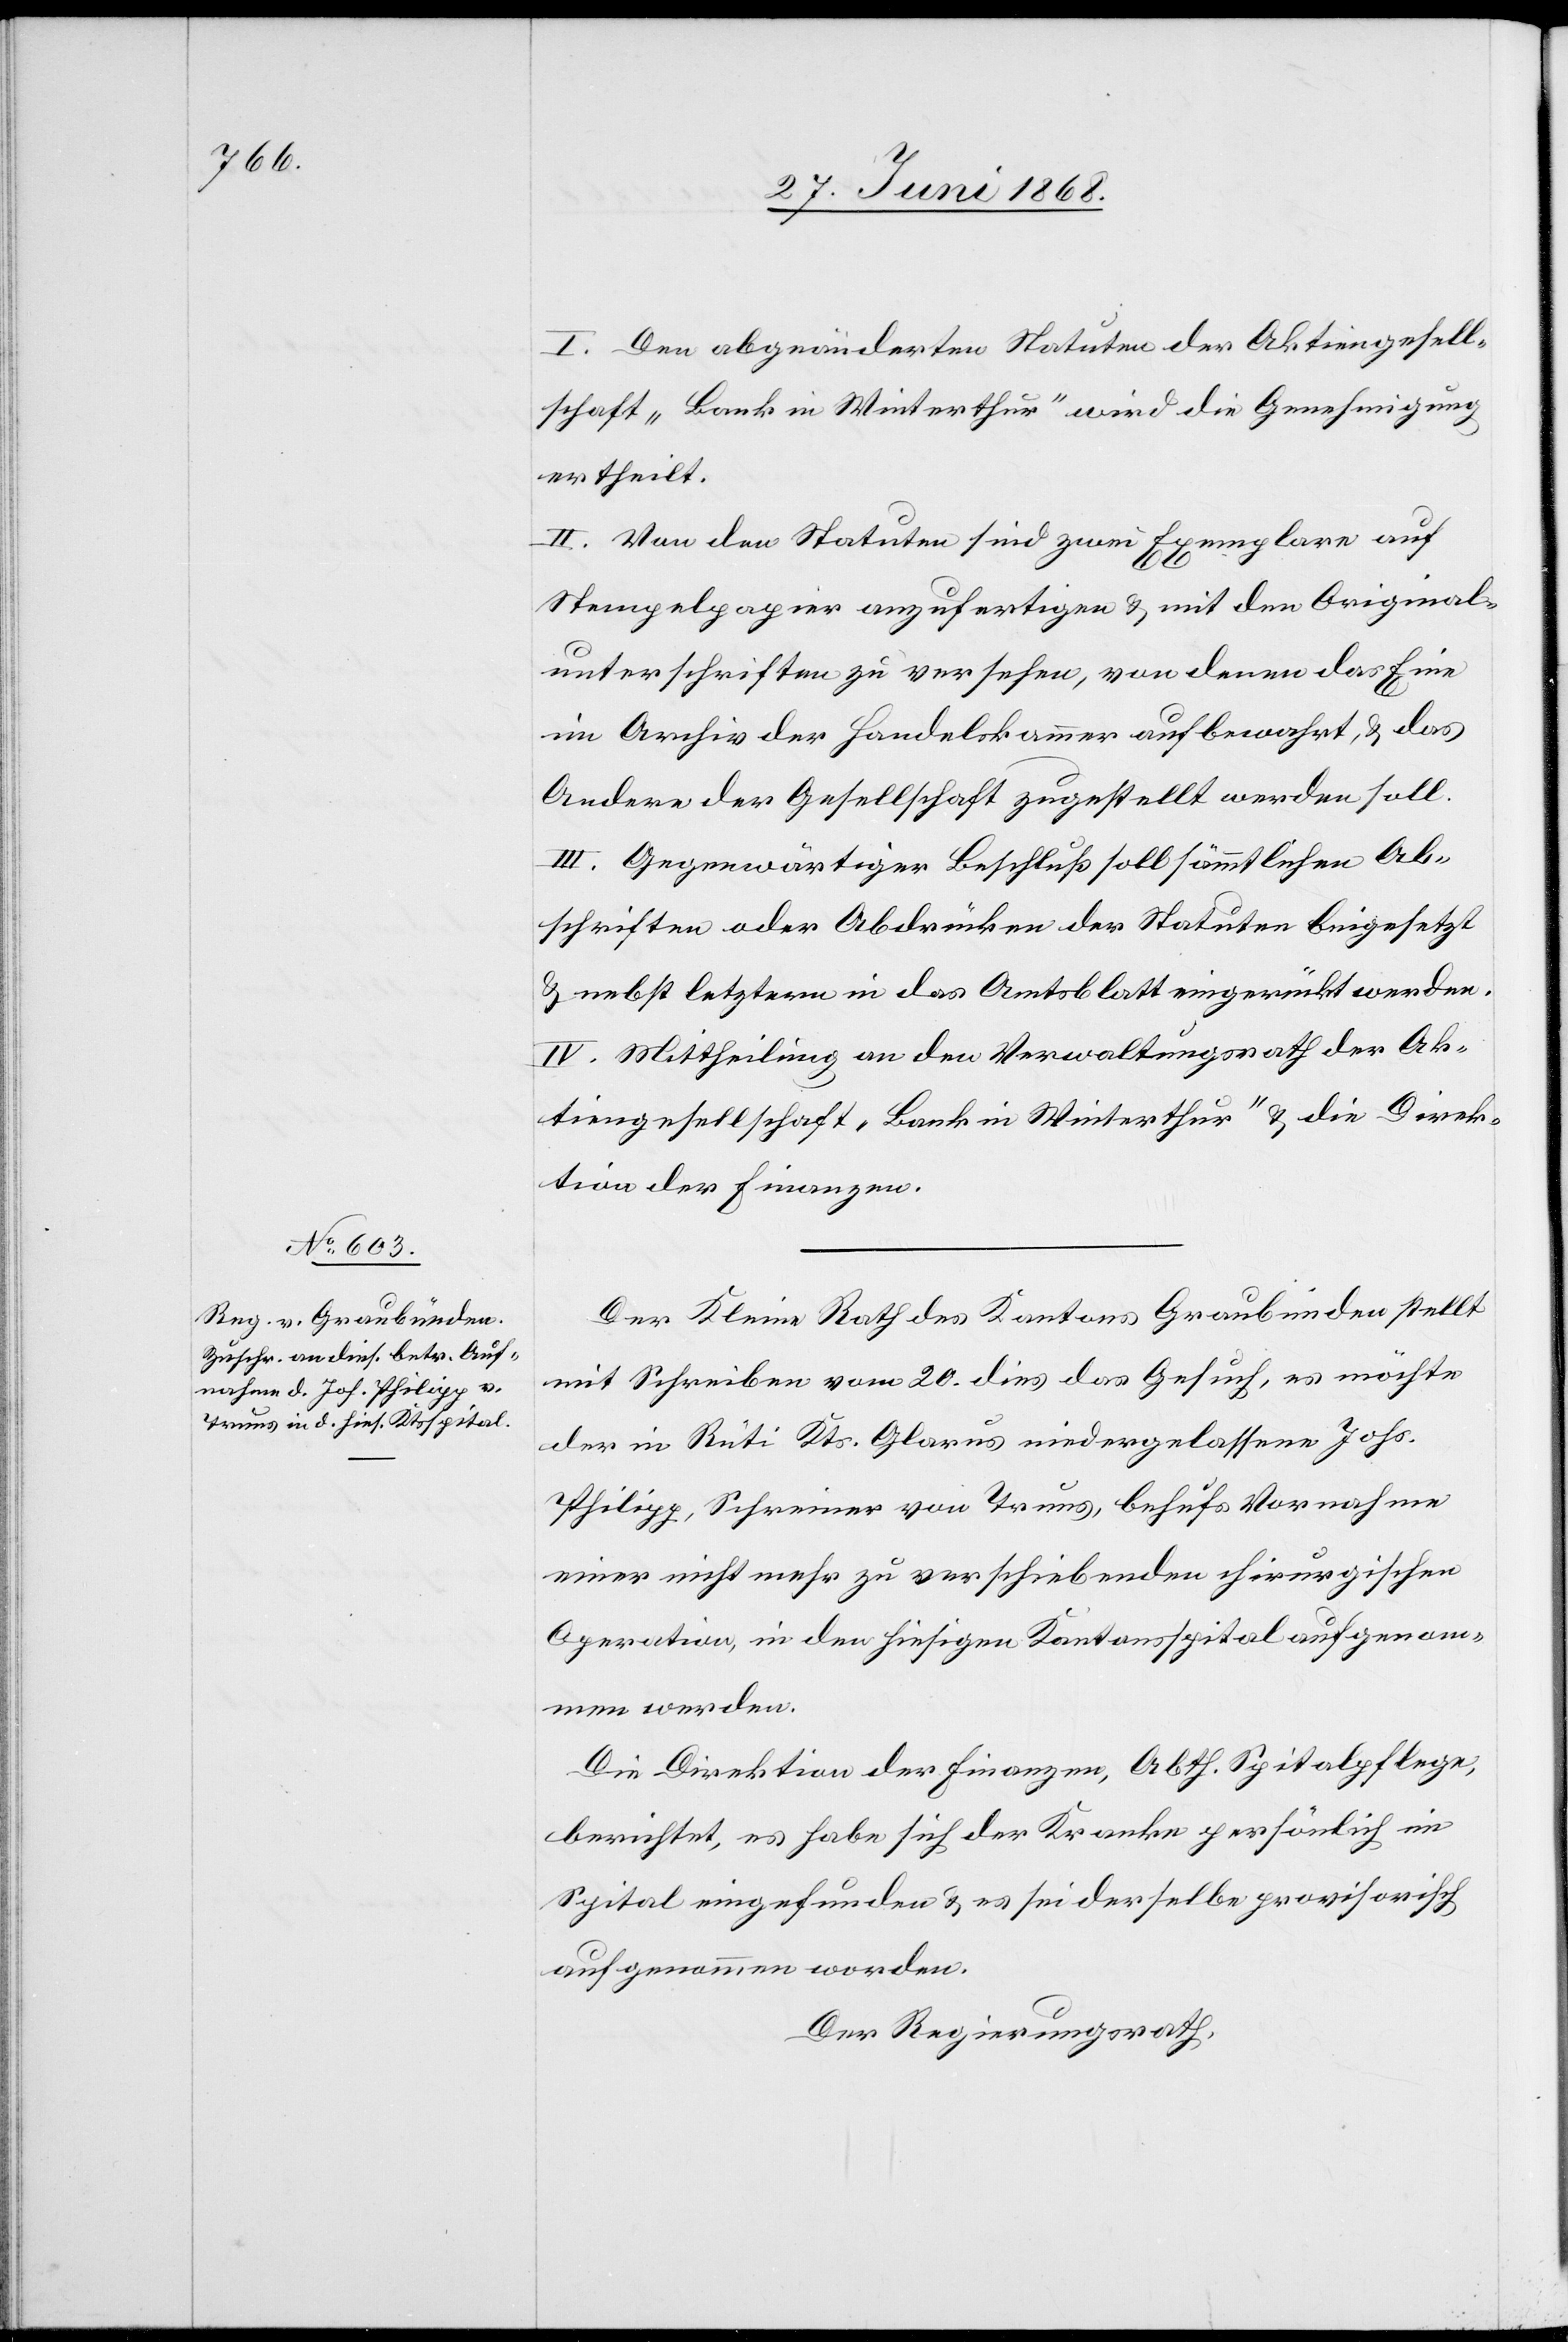
I. Den abgeänderten Statuten der Aktiengesell¬
schaft „Bank in Winterthur“ wird die Genehmigung
ertheilt.
II. Von den Statuten sind zwei Exemplare auf
Stempelpapier anzufertigen & mit den Original¬
unterschriften zu versehen, von denen das Eine
im Archiv der Handelskammer aufbewahrt, & das
Andere der Gesellschaft zugestellt werden soll.
III. Gegenwärtiger Beschluß soll sämmtlichen Ab¬
schriften oder Abdrücken der Statuten beigesetzt
& nebst letztern in das Amtsblatt eingerückt werden.
IV. Mittheilung an den Verwaltungsrath der Ak¬
tiengesellschaft „Bank in Winterthur“ & die Direk¬
tion der Finanzen.
Der Kleine Rath des Kantons Graubünden stellt
mit Schreiben vom 20. dies das Gesuch, es möchte
der in Rüti Kts. Glarus niedergelassene Johs.
Philipp, Schreiner von Truns, behufs Vornahme
einer nicht mehr zu verschiebenden chirurgischen
Operation, in den hiesigen Kantonsspital aufgenom¬
men werden.
Die Direktion der Finanzen, Abth. Spitalpflege,
berichtet, es habe sich der Kranke persönlich im
Spital eingefunden & es sei derselbe provisorisch
aufgenommen worden.
Der Regierungsrath,